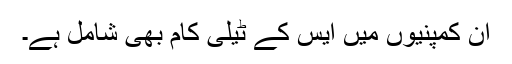
ان کمپنیوں میں ایس کے ٹیلی کام بھی شامل ہے۔